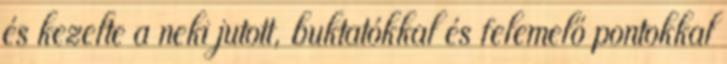
és kezelte a neki jutott, buktatókkal és felemelő pontokkal